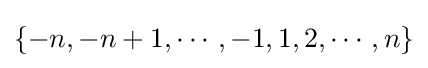
\{-n,-n+1,\cdots ,-1,1,2,\cdots ,n\}